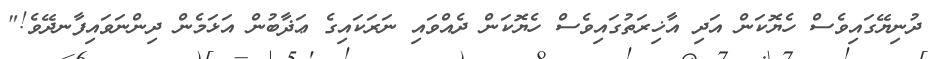
ދުނިޔޭގައިވެސް ހެޔޮކަން އަދި އާޚިރަތުގައިވެސް ހެޔޮކަން ދެއްވައި ނަރަކައިގެ ޢަޛާބުން އަޅަމެން ދިންނަވައިފާނދޭވެ!"